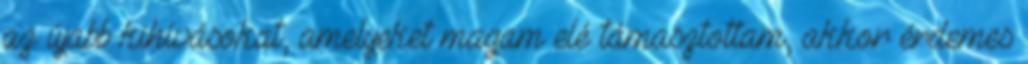
az újabb kihívásokat, amelyeket magam elé támasztottam, akkor érdemes